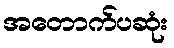
အတောက်ပဆုံး